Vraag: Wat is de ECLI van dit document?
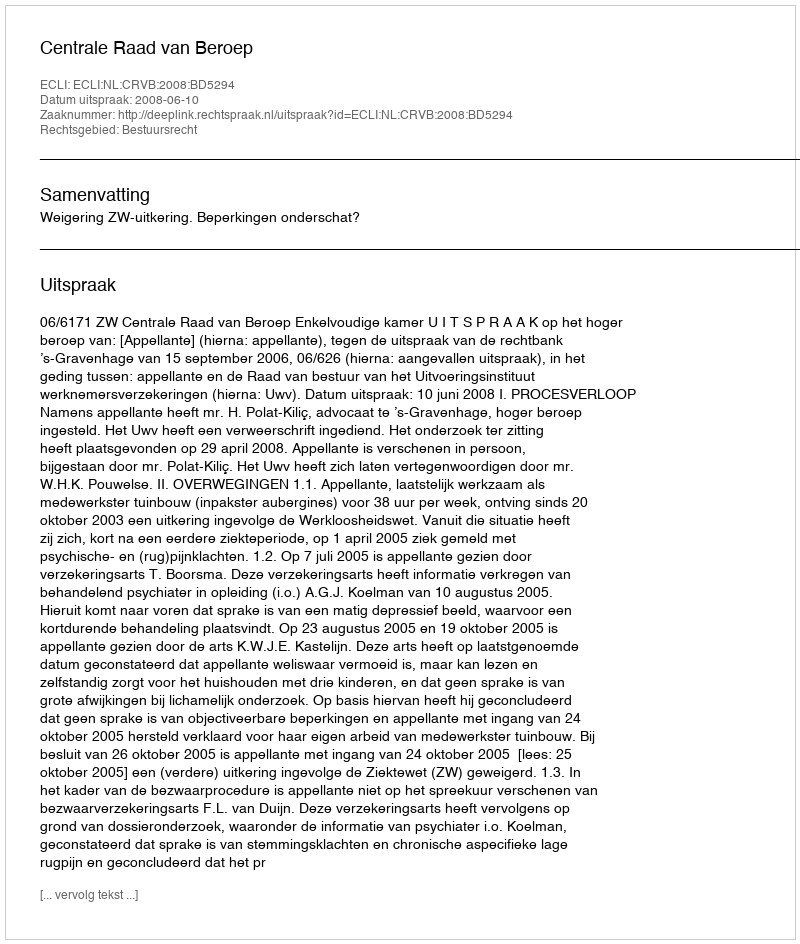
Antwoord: ECLI:NL:CRVB:2008:BD5294